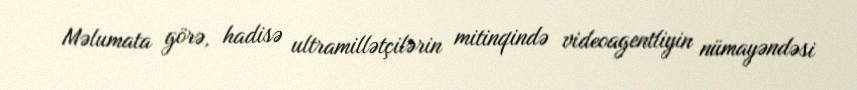
Məlumata görə, hadisə ultramillətçilərin mitinqində videoagentliyin nümayəndəsi